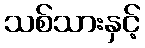
သစ်သားနှင့်